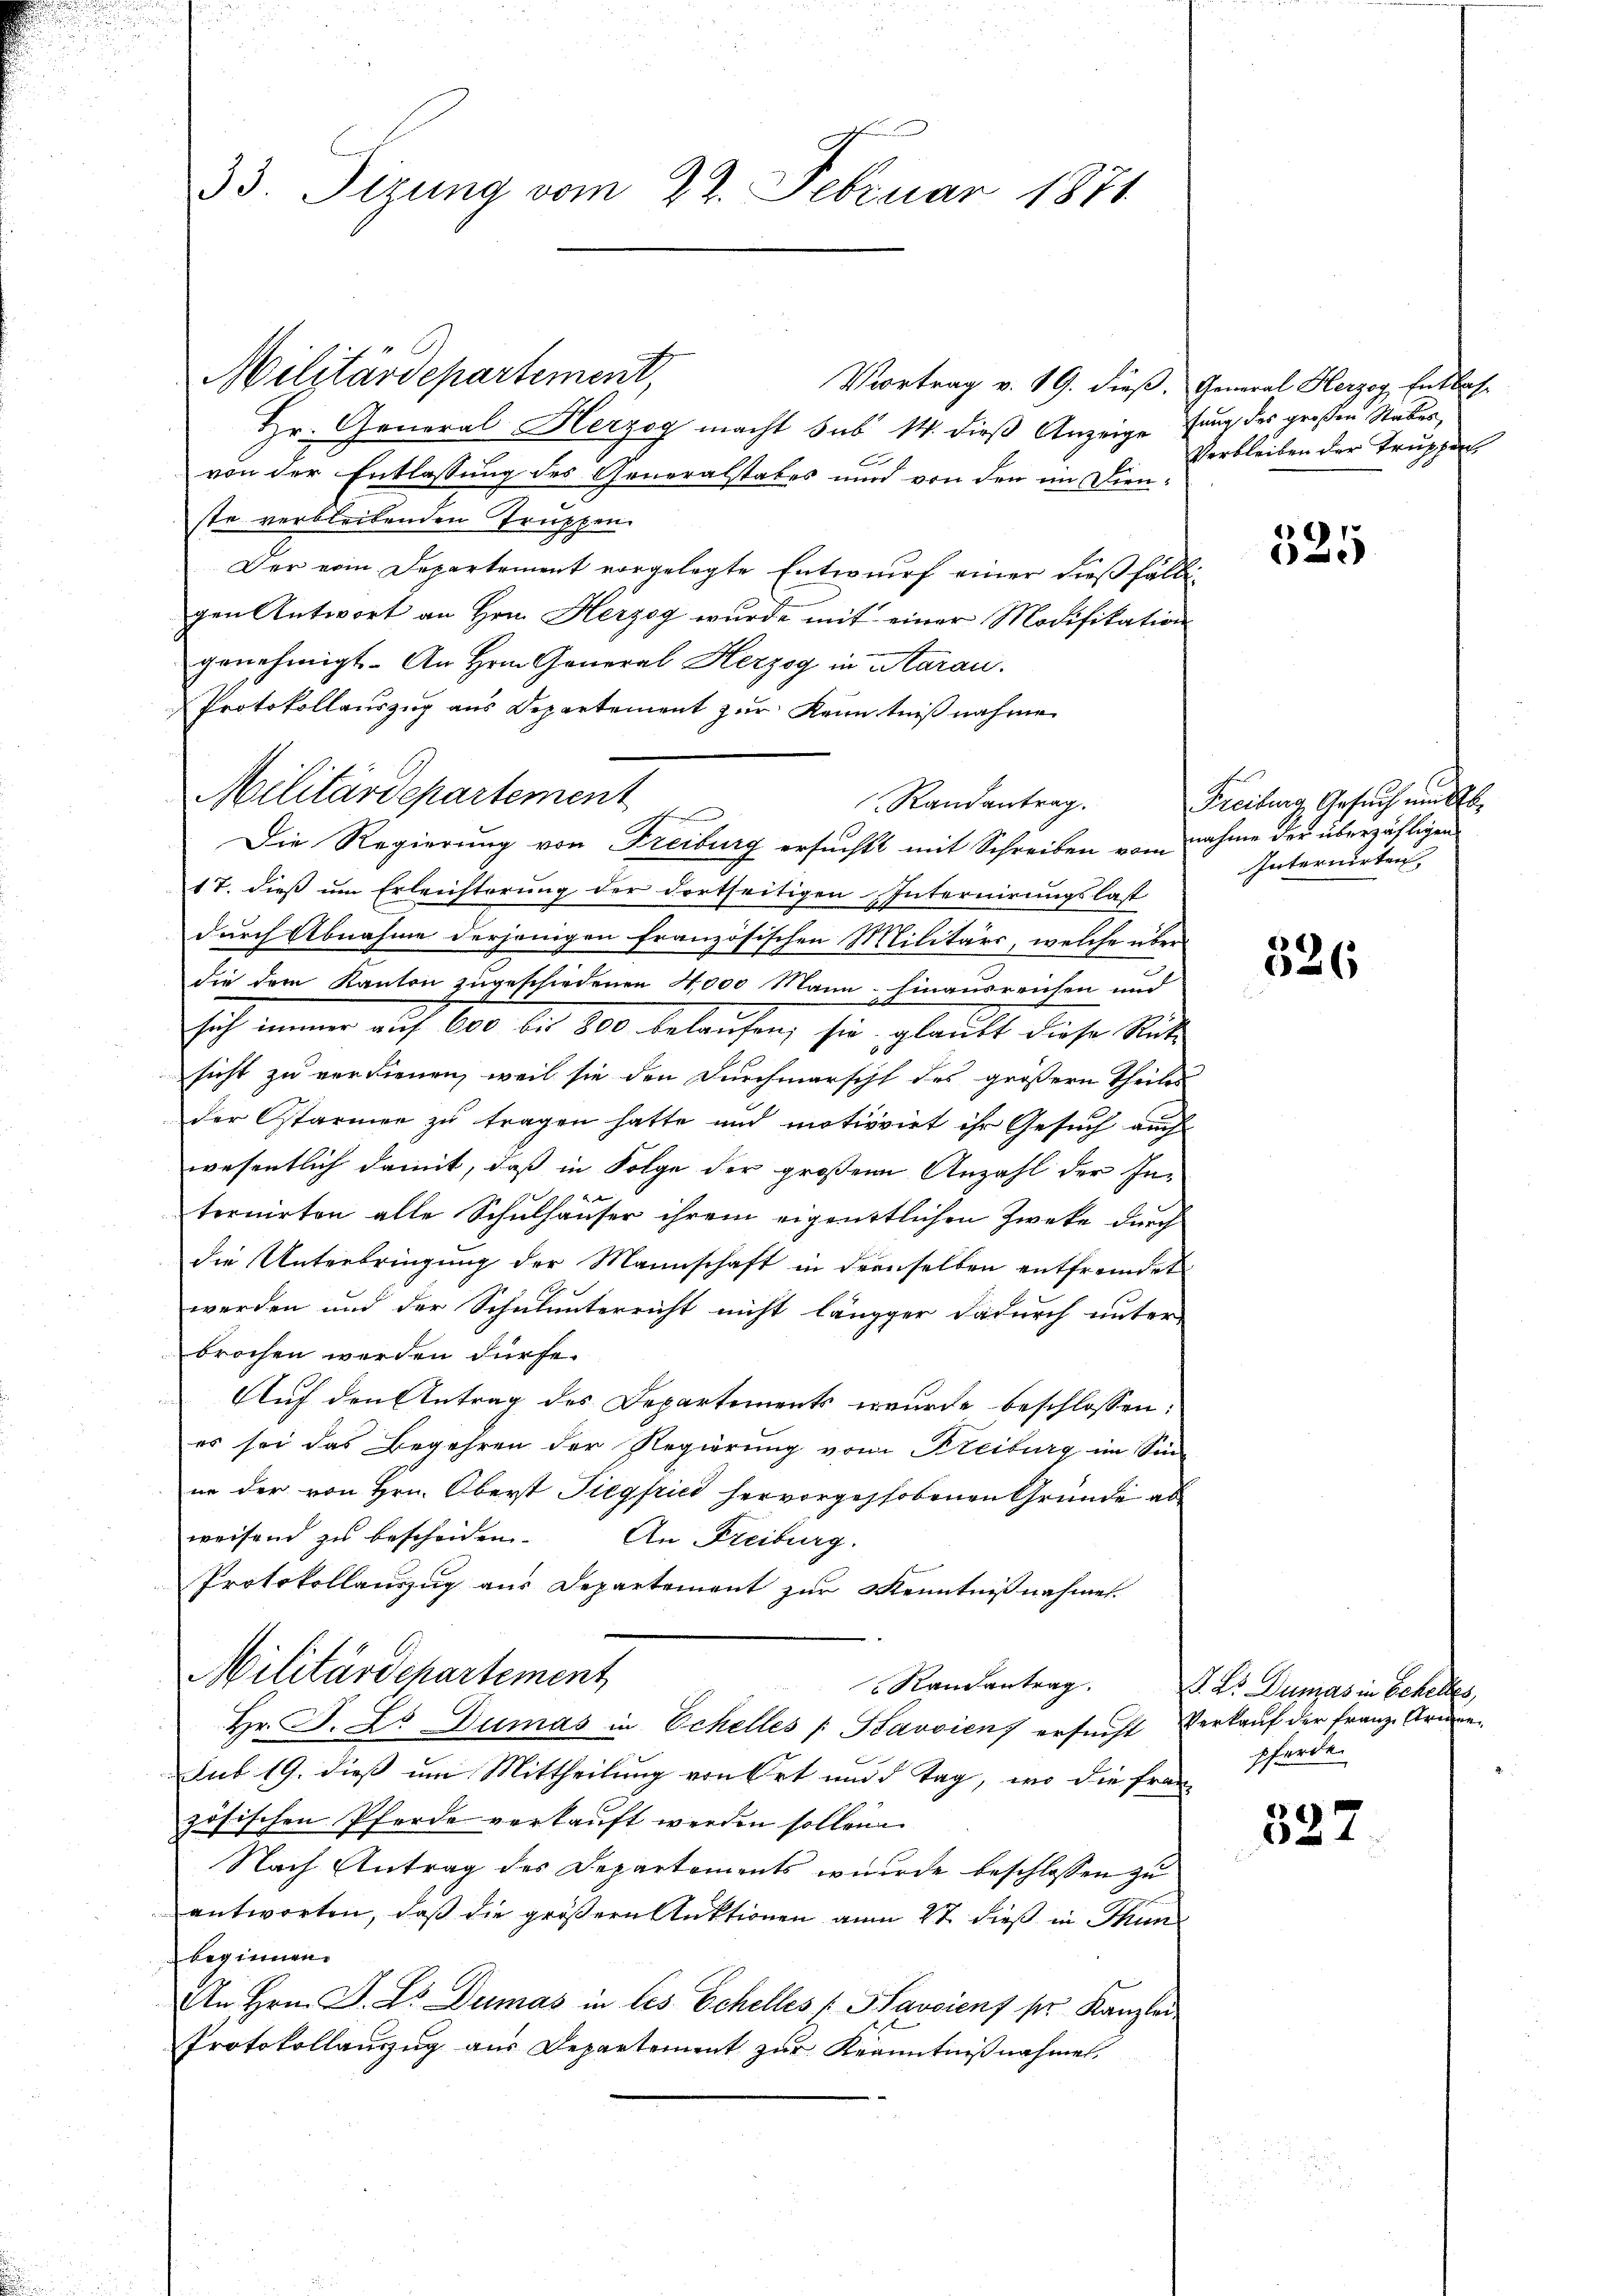
33. Sizung vom 22. Februar 1871

Militärdepartement,

Militärdepartement

Vortrag v. 19. dieß.
Hr. General Herzog macht sub 14. dieß Anzeige
von der Entlassung des Generalstabes und von der im Dienste verbleibenden Truppen.
Der vom Departement vorgelegte Entwurf einer dießfäll
gen Antwort an Hrn. Herzog wurde mit einer Modifikation
genehmigt. An Hrn. General Herzog in Aarau
Protokollauszug aus Departement zur Kenntniß nahmen
17. dieß um Erleichterung der dortseitigen Internirungslast
durch Abnahme derjenigen französischen Militärs, welche über
die dem Kanton zugeschiedenen 4000 Mann hinausreichen und
Ich wenn auf 60 bis 800 belaufen, sie glaubt diese Rück
sicht zu verdienen, weil sie den Durchmarscht des größern Theiles
der Ostarmen zu tragen hatte und motivvirt ihr Gesuch auch
wesentlich damit, daß in Folge der großen Anzahl der In-
2
ternirten alle Schulhauser ihrem eigentlichen Zweke durch
die Unterbringung der Mannschaft in demselben entfremdet
werden und der Schulunterricht nicht längger dadurch unter-
brochen werden dürfe.
Auf den Antrag des Departements wurde beschlossen:
es sei das Begehren der Regierung von Freiburg im Sinnr der von Hrn. Oberst Siegfried hervorgehobenen Gründe abweisend zu bescheiden. An Freiburg.
Protokollauszug aus Departement zur Kenntnißnahmen.
Militärschartement
Randantrag.
Hr. J. L. DDumas in Schelles [Bavsien ersucht
sub 19. dieß um Mittheilung von Ort und 3 Tag, wo die fran
zösischen Pferde verkauft werden sollen
Nach Antrag des Departements wurde beschlossen zu
antworten, daß die größere Auktionen am 2t dieß in Thun
beginnen.
An Hrn. F. Dr. Dumas in les Schelles (Savciens ser Kanzlei-
Protokollauszug aus Departement zur Kenntnißnahme

Randantrag.
fehen
Die Regierung von Freiburg ersuchtt mit Schreiben vom nahme der überzähligen

General Herzog, Entlas-
fung des großen Stabes
Verbleiben der Truppen

f

525

Freiburg, Gesuch ein Ab¬
Internirten

326

I. Es Dunzes in Behellen,
Verkauf der Franz Erinne
schwerden

327.